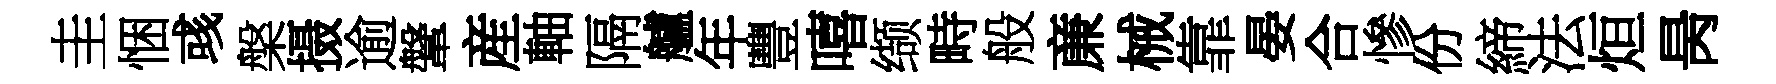
圭悃彧槃摄逾鞶産軸隔艫年豐嘻缬畤般亷械靠晏合慘份締法烜昺